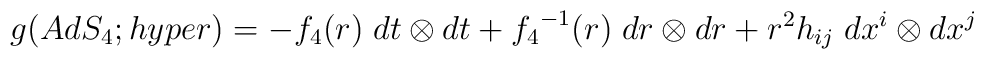
g(AdS_4;hyper) = - {f_4}(r) \; dt \otimes dt + {f_4}^{-1}(r) \; dr \otimes dr + r^2h_{ij} \; dx^i \otimes dx^j